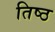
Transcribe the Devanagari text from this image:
तिष्ठ